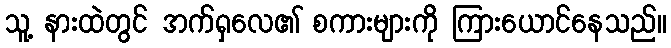
သူ့ နားထဲတွင် အက်ရှလေ၏ စကားများကို ကြားယောင်နေသည်။